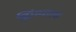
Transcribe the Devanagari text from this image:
झिंग्याला